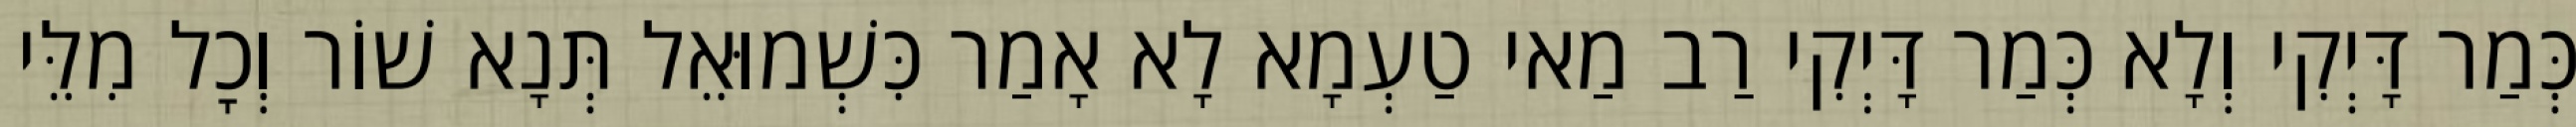
כְּמַר דָּיְקִי וְלָא כְּמַר דָּיְקִי רַב מַאי טַעְמָא לָא אָמַר כִּשְׁמוּאֵל תְּנָא שׁוֹר וְכׇל מִלֵּי